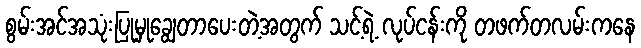
စွမ်းအင်အသုံးပြုမှုချွေတာပေးတဲ့အတွက် သင့်ရဲ့ လုပ်ငန်းကို တဖက်တလမ်းကနေ